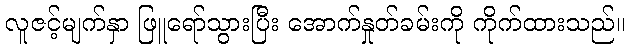
လူဇင့်မျက်နှာ ဖြူရော်သွားပြီး အောက်နှုတ်ခမ်းကို ကိုက်ထားသည်။